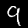
Label: 9